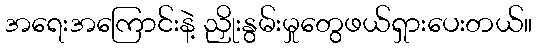
အရေးအကြောင်းနဲ့ ညှိုးနွမ်းမှုတွေဖယ်ရှားပေးတယ်။